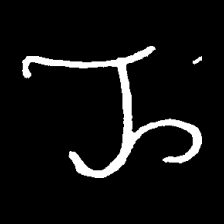
Pyu character \u2014 Myanmar letter: ည (romanized: nya)